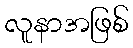
လူနာအဖြစ်